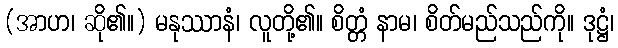
(အာဟ၊ ဆို၏။) မနုဿာနံ၊ လူတို့၏။ စိတ္တံ နာမ၊ စိတ်မည်သည်ကို။ ဒုဋ္ဌံ၊